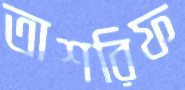
তাশরিফ